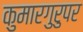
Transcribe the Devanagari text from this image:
कुमारगुरुपर